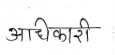
मजकूर: अधिकारी